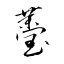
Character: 薹